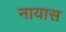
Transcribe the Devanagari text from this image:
नायास